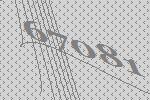
67081